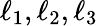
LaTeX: \ell_{1},\ell_{2},\ell_{3}